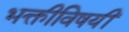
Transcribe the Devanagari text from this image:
भक्तीविषयीं